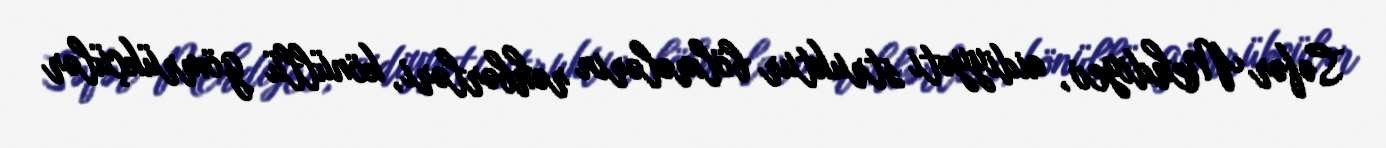
Səfər Mehdiyev, aidiyyəti struktur bölmələrin rəhbərləri, könüllü gömrükçülər